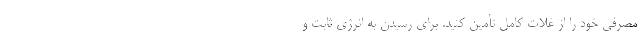
مصرفی خود را از غلات کامل تأمین کنید. برای رسیدن به انرژی ثابت و